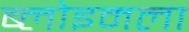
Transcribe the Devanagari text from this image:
ब्लोइमला